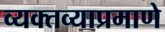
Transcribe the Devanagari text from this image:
व्यक्तव्याप्रमाणे